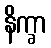
နိက္ခာ